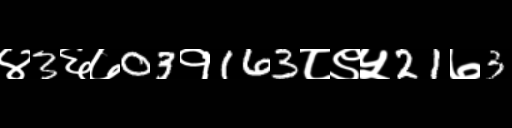
Text: ४3६७03१163८९५21७3